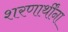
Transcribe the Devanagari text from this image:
शरणार्थींना